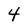
Character: 4